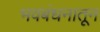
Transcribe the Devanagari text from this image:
भवबंधनातून